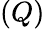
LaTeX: (Q)